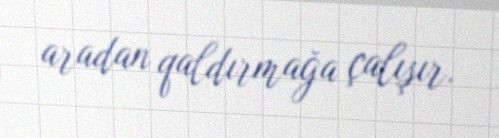
aradan qaldırmağa çalışır.